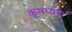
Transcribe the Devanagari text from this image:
कुमध्वज